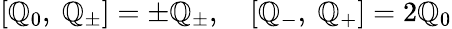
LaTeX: [\mathbb{Q}_{0},\ \mathbb{Q}_{\pm}]=\pm\mathbb{Q}_{\pm},\quad[\mathbb{Q}_{-},\ \mathbb{Q}_{+}]=2\mathbb{Q}_{0}